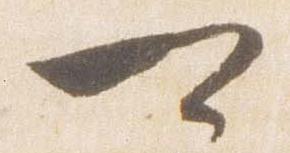
可